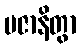
ပဇာနိတွာ